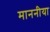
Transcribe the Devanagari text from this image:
माननीया